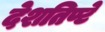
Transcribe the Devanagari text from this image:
देशतिण्टे